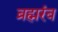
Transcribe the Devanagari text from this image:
ब्रह्मरंब